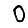
Digit: 0